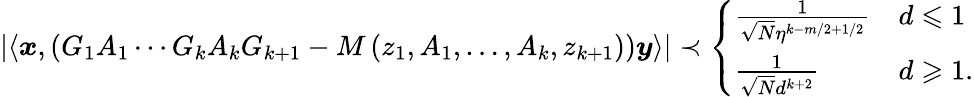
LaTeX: \begin{array}{r}{\left|\left\langle\boldsymbol{x},\left(G_{1}A_{1}\cdots G_{k}A_{k}G_{k+1}-M\left(z_{1},A_{1},\ldots,A_{k},z_{k+1}\right)\right)\boldsymbol{y}\right\rangle\right|\prec\left\{ \begin{array}{ll}{\frac{1}{\sqrt{N}\eta^{k-m/2+1/2}}}&{d\leqslant 1}\\ {\frac{1}{\sqrt{N}d^{k+2}}}&{d\geqslant 1.}\end{array}\right.}\end{array}